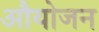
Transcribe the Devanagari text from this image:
औयोजन